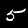
Digit: 5